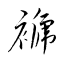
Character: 褫